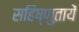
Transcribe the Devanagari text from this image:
सहिष्णुतायें